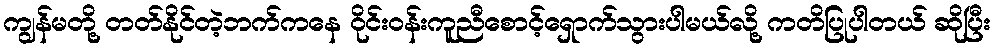
ကျွန်မတို့ တတ်နိုင်တဲ့ဘက်ကနေ ဝိုင်းဝန်းကူညီစောင့်ရှောက်သွားပါမယ်လို့ ကတိပြုပါတယ် ဆိုပြီး